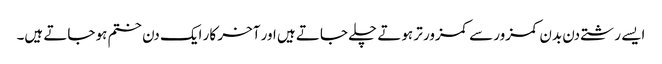
ایسے رشتے دن بدن کمزور سے کمزور تر ہوتے چلے جاتے ہیں اور آخر کار ایک دن ختم ہو جاتے ہیں۔